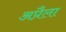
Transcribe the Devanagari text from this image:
अप्रैला